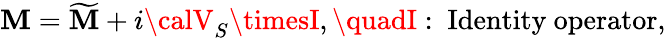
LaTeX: \mathbf{M}=\widetilde{{\mathbf{M}}}+i{\calV}_{S}\timesI,\quadI:\ \mathrm{{Identity~operator}},